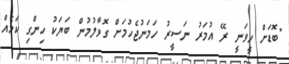
"ބޮޑަށް ހީވަނީ ރޭ އުމަރު ނަސީރު ހަމަނުޖެހުމަށް ގޮވާލުމުން ބަޔަކު ހިންގި ކަމެއް